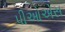
પીઓએસ